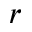
r